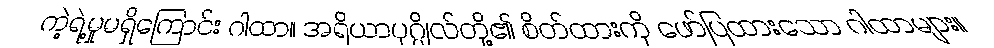
ကဲ့ရဲ့မှုမရှိကြောင်း ဂါထာ။ အရိယာပုဂ္ဂိုလ်တို့၏ စိတ်ထားကို ဖော်ပြထားသော ဂါထာများ။